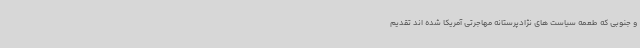
و جنوبی که طعمه سیاست های نژادپرستانه مهاجرتی آمریکا شده اند تقدیم